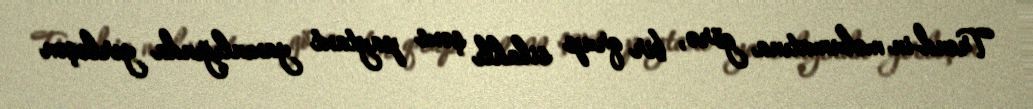
Trend-in məlumatına görə, bir qrup silahlı şəxs paytaxt yaxınlığında yerləşən